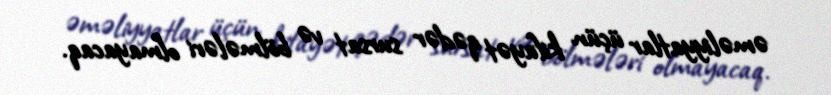
əməliyyatlar üçün kifayət qədər sursat və bölmələri olmayacaq.